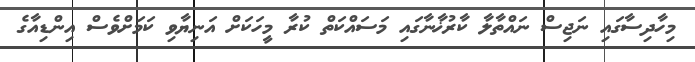
މިހާދިސާގައި ނަޖިސް ނައްތާލާ ކާރުޚާނާގައި މަސައްކަތް ކުރާ މީހަކަށް އަނިޔާވި ކަމަށްވެސް އިންޑިއާގެ